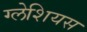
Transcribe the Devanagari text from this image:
ग्लेशियस